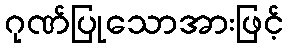
ဂုဏ်ပြုသောအားဖြင့်